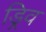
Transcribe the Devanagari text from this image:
ड्रिव